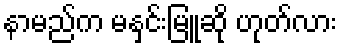
နာမည်က မနှင်းမြူဆို ဟုတ်လား